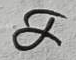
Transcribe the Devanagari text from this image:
अ